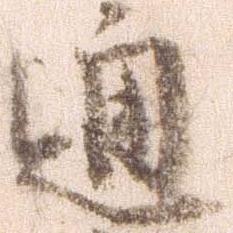
通